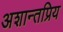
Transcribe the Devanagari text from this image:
अशान्तप्रिय